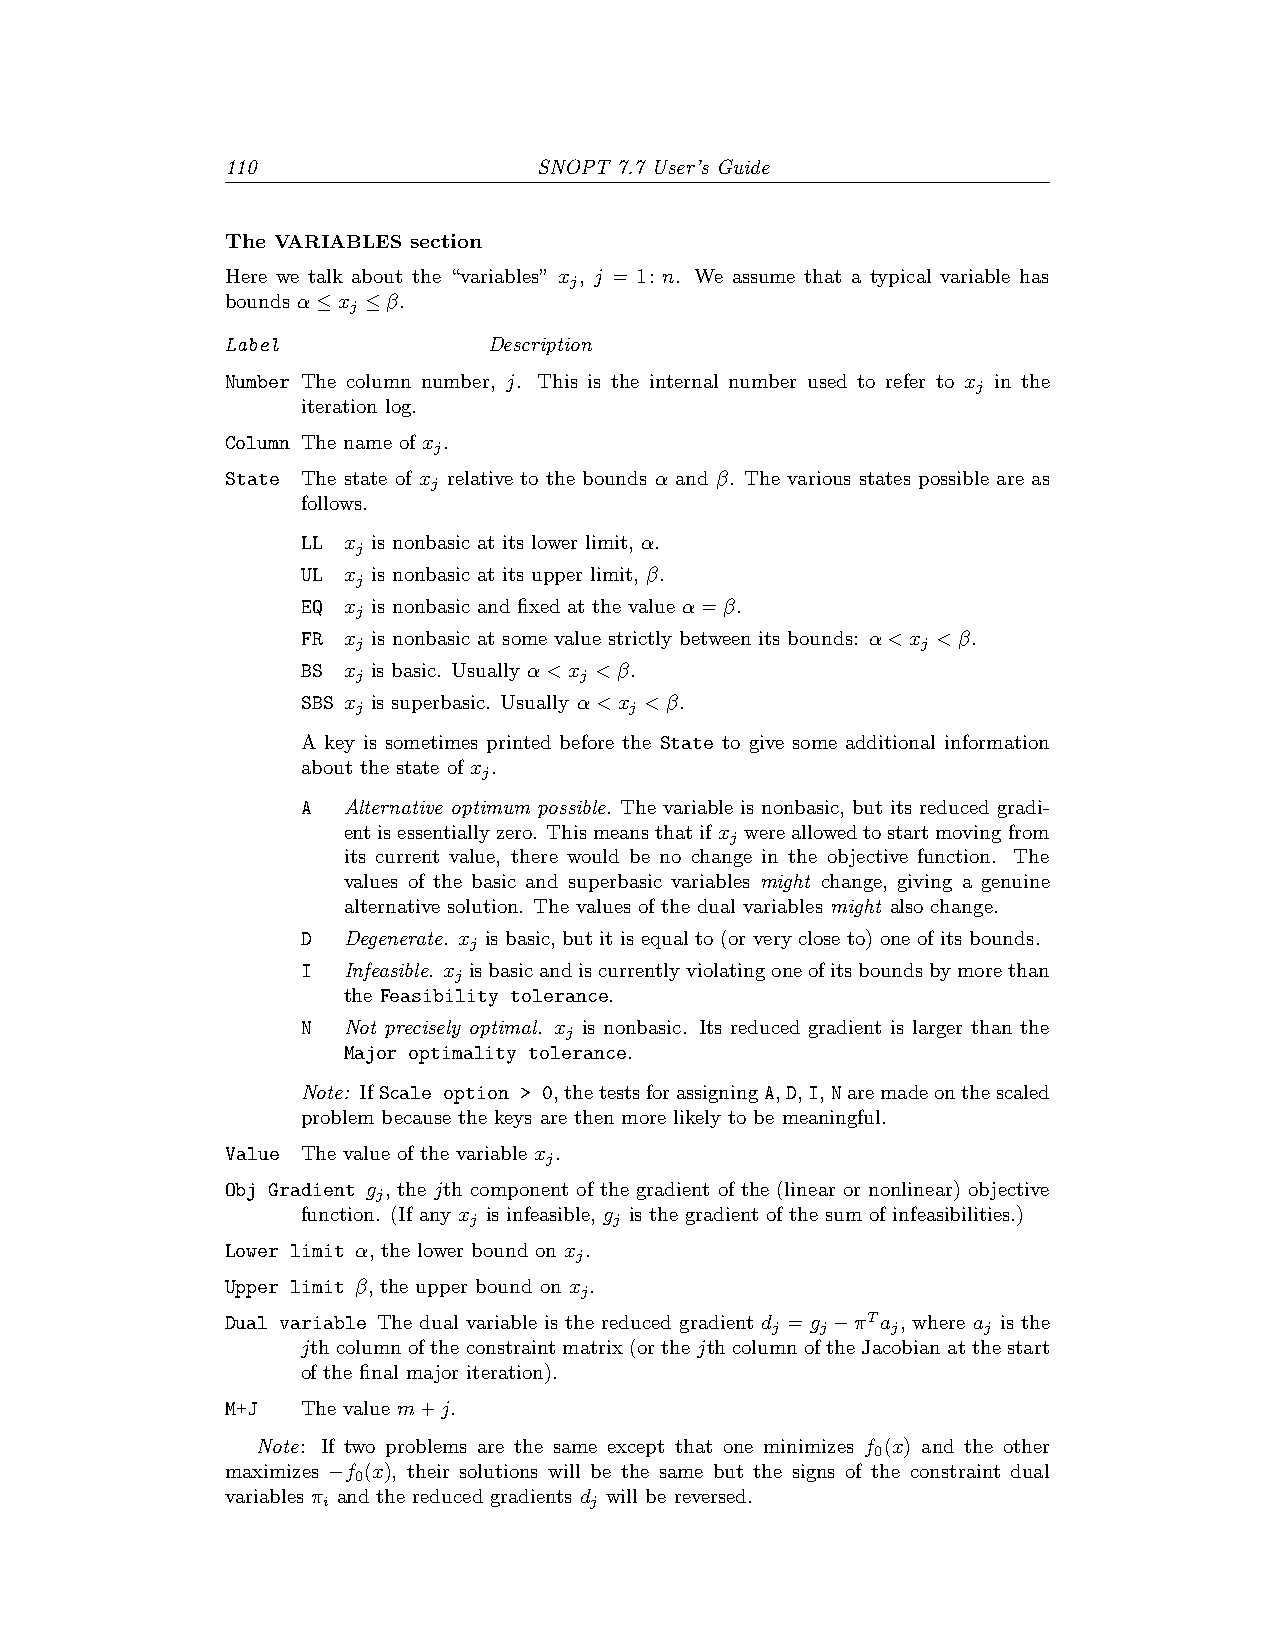
110                  SNOPT 7.7 User’s Guide
 The VARIABLES section
 Here we talk about the “variables” x , j = 1: n. We assume that a typical variable has
 j
 bounds α≤x ≤β.
 j
 Label            Description
 Number The column number, j. This is the internal number used to refer to x in the
 j
 iteration log.
 Column The name of x .
 j
 State The state of x relative to the bounds α and β. The various states possible are as
 j
 follows.
 LL x is nonbasic at its lower limit, α.
 j
 UL x is nonbasic at its upper limit, β.
 j
 EQ x is nonbasic and fixed at the value α=β.
 j
 FR x is nonbasic at some value strictly between its bounds: α<x <β.
 j                                    j
 BS x is basic. Usually α<x <β.
 j             j
 SBS x is superbasic. Usually α<x <β.
 j                 j
 A key is sometimes printed before the State to give some additional information
 about the state of x .
 j
 A  Alternative optimum possible. The variable is nonbasic, but its reduced gradi-
 entisessentiallyzero. Thismeansthatifx wereallowedtostartmovingfrom
 j
 its current value, there would be no change in the objective function. The
 values of the basic and superbasic variables might change, giving a genuine
 alternative solution. The values of the dual variables might also change.
 D  Degenerate. x is basic, but it is equal to (or very close to) one of its bounds.
 j
 I  Infeasible. x isbasicandiscurrentlyviolatingoneofitsboundsbymorethan
 j
 the Feasibility tolerance.
 N  Not precisely optimal. x is nonbasic. Its reduced gradient is larger than the
 j
 Major optimality tolerance.
 Note: IfScale option > 0,thetestsforassigningA,D,I,Naremadeonthescaled
 problem because the keys are then more likely to be meaningful.
 Value The value of the variable x .
 j
 Obj Gradient g , the jth component of the gradient of the (linear or nonlinear) objective
 j
 function. (If any x is infeasible, g is the gradient of the sum of infeasibilities.)
 j         j
 Lower limit α, the lower bound on x .
 j
 Upper limit β, the upper bound on x .
 j
 Dual variable The dual variable is the reduced gradient d = g −πTa , where a is the
 j  j    j     j
 jthcolumnoftheconstraintmatrix(orthejthcolumnoftheJacobianatthestart
 of the final major iteration).
 M+J  The value m+j.
 Note: If two problems are the same except that one minimizes f (x) and the other
 0
 maximizes −f (x), their solutions will be the same but the signs of the constraint dual
 0
 variables π and the reduced gradients d will be reversed.
 i                 j